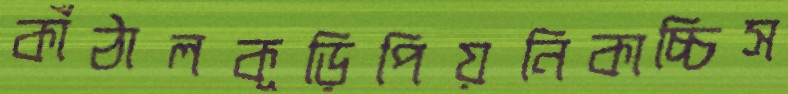
কাঁঠালকূড়িপিয়নিকাচ্চিস